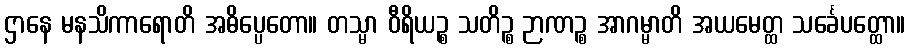
ဌာနေ မနသိကာရောတိ အဓိပ္ပေတော။ တသ္မာ ဝီရိယဉ္စ သတိဉ္စ ဉာဏဉ္စ အာဂမ္မာတိ အယမေတ္ထ သင်္ခေပတ္ထော။